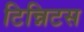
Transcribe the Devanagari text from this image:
टिन्निटस